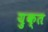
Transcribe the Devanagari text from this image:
य़ुक्त